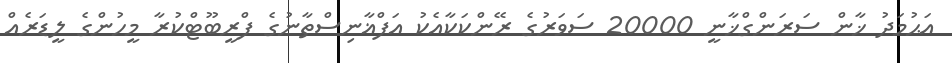
އަޙުމަދު ޚާން ސަރަންގްޚާނީ 20000 ސަވަރުގެ ރޭންކަކާއެކު އަފްޣާނިސްތާނުގެ ފްރީބޫޓްކުރާ މީހުންގެ ލީޑަރެއް